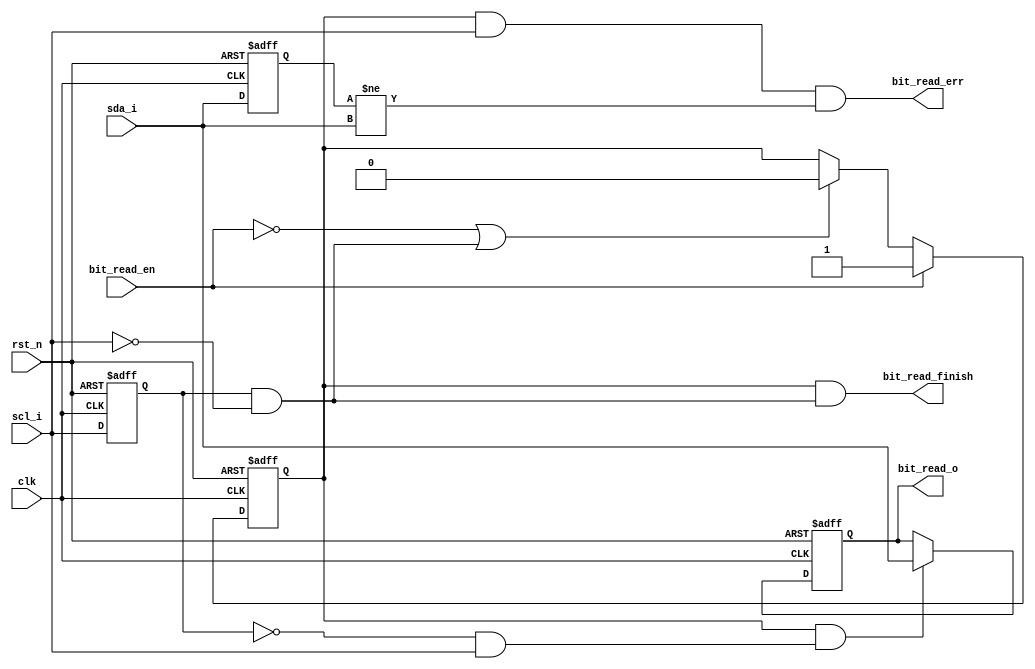
module I2C_slave_read_bit (
    input clk,
    input rst_n,
    input bit_read_en,  // enable, expected to be high at or after scl falling edge
    output reg bit_read_o,  // 1-bit data read from I2C bus
    output bit_read_err,
    output bit_read_finish,
    input scl_i,
    input sda_i
);

    // detect scl_i falling and rising edge
    reg scl_last;
    wire scl_rise, scl_fall;
    // save scl_i last state
    always @(posedge clk or negedge rst_n) begin
        if (!rst_n) begin
            scl_last <= 1'b1;
        end
        else begin
            scl_last <= scl_i;
        end
    end
    // scl_i falling edge: 1 -> 0
    assign scl_fall = scl_last && (~scl_i);
    // scl_i rising edge: 0 -> 1
    assign scl_rise = (~scl_last) && scl_i;

    // track whether module has been enabled to prevent unexpected finish and error flag
    reg enabled;
    always @(posedge clk or negedge rst_n) begin
        if (!rst_n) begin
            enabled <= 1'b0;
        end
        else if (bit_read_en) begin
            enabled <= 1'b1;
        end
        else if ((~bit_read_en) || scl_fall) begin
            enabled <= 1'b0;
        end
        else begin
            enabled <= enabled;
        end
    end

    // bit_read_o, read once at bit_read_en high and scl_i high
    always @(posedge clk or negedge rst_n) begin
        if (!rst_n) begin
            bit_read_o <= 1'b0;
        end
        else if (enabled && scl_rise) begin
            bit_read_o <= sda_i;
        end
        else begin
            bit_read_o <= bit_read_o;
        end
    end

    // bit_read_err, check whether sda_i changed during scl_i high
    reg sda_last;
    // save sda_i last state
    always @(posedge clk or negedge rst_n) begin
        if (!rst_n) begin
            sda_last <= 1'b1;
        end
        else begin
            sda_last <= sda_i;
        end
    end
    assign bit_read_err = enabled && scl_i && (sda_last != sda_i);

    // bit_read_finish, the first falling edge of scl_i after module enabled
    assign bit_read_finish = enabled && scl_fall;

endmodule